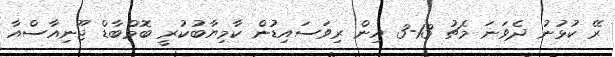
ރޭ ކުޅުނު ދެވަނަ މެޗު 13-3 އިން ރިވަސައިޑުން ކާމިޔާބުކުރީ ބޮމްބާޑް ޖޫނިއާސްއާ